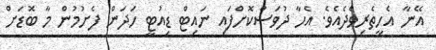
އޭނާ އެހީތެރިވެދެއެވެ. އެހާ ދުވަސްކޮށްފައި ނައިޓް ޑިއުޓީ ހަދަން ފެށުމުން މާ ބޮޑަށް